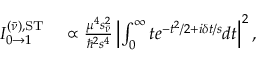
\begin{array} { r l } { I _ { 0 \to 1 } ^ { ( \bar { \nu } ) , \mathrm { S T } } } & { { } \propto \frac { \mu ^ { 4 } s _ { \bar { \nu } } ^ { 2 } } { \hbar ^ { 2 } s ^ { 4 } } \left| \int _ { 0 } ^ { \infty } t e ^ { - t ^ { 2 } / 2 + i \delta t / s } d t \right| ^ { 2 } , } \end{array}